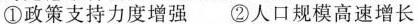
①政策支持力度增强 ②人口规模高速增长